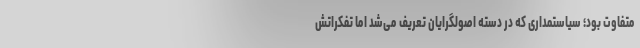
متفاوت بود؛ سیاستمداری که در دسته اصولگرایان تعریف می‌شد اما تفکراتش